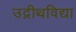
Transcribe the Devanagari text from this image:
उद्नीथविद्या